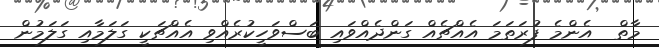
މާތް  އެންމެ ފުރަތަމަ އެއްޗެއް ގަންދެއްވައި ބަސްވަހީކުރެއްވި އެއްޗަކީ ގަލަމާއި ގަލަމުން